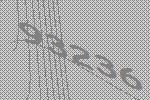
93236